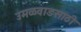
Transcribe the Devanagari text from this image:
उमळवाडसाठी